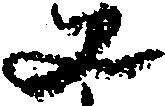
丈